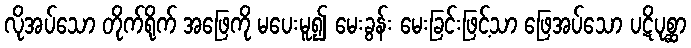
လိုအပ်သော တိုက်ရိုက် အဖြေကို မပေးမူ၍ မေးခွန်း မေးခြင်းဖြင့်သာ ဖြေအပ်သော ပဋိပုစ္ဆာ